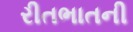
રીતભાતની